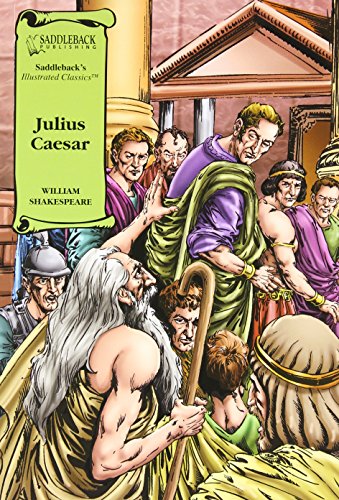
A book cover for Julius Caesar (Saddleback's Illustrated Classics); William Shakespeare; Literature & Fiction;